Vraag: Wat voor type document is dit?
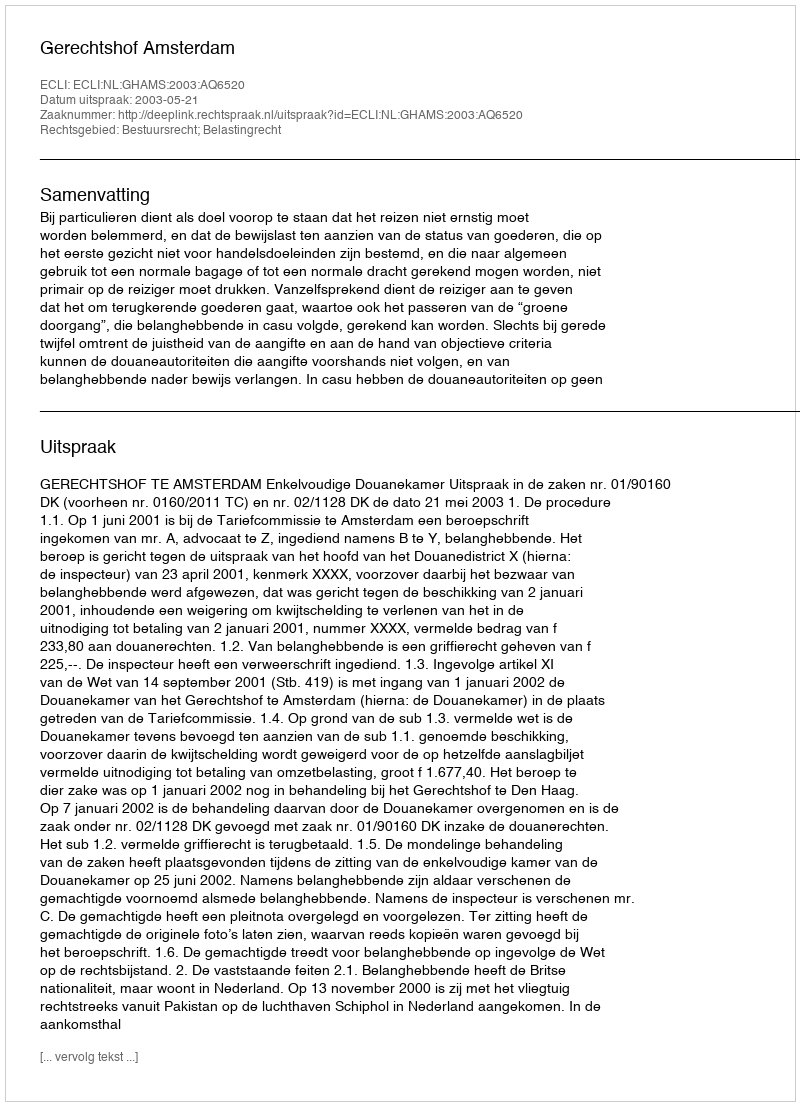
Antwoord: Uitspraak